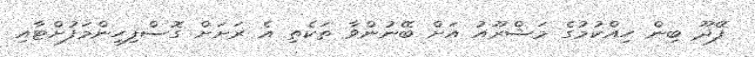
ފޭދޫ ބިން ހިއްކުމުގެ މަޝްރޫއު އަށް ބޭނުންވާ ތަކެތި އެ ރަށަށް ގޮސްފިހިންމަފުށްޓާއި